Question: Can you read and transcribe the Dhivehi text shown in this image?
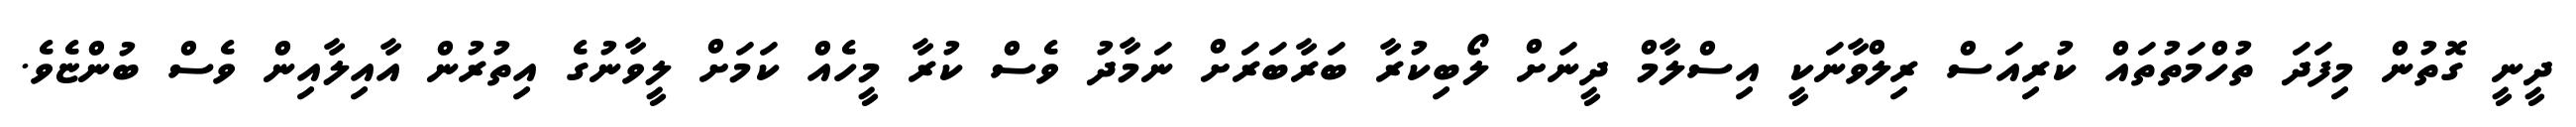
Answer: ދީނީ ގޮތުން މިފަދަ ތުހްމަތުތައް ކުރިއަސް ރިލްވާނަކީ އިސްލާމް ދީނަށް ލޯބިކުރާ ބަރާބަރަށް ނަމާދު ވެސް ކުރާ މީހެއް ކަމަށް ލީވާނުގެ އިތުރުން އާއިލާއިން ވެސް ބުންޏެވެ.